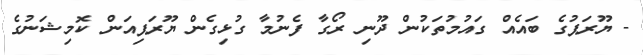
- ޔޫރަޕުގެ ބައެއް ގައުމުތަކުން ދޫނި ރޯގާ ފެނުމާ ގުޅިގެން ޔޫރަޕިއަން ކޮމިޝަނުގެ